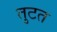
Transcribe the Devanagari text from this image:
तुटत